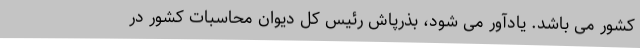
کشور می باشد. یادآور می شود، بذرپاش رئیس کل دیوان محاسبات کشور در